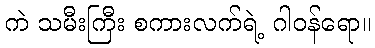
ကဲ သမီးကြီး စကားလက်ရဲ့ ဂါဝန်ရော။